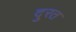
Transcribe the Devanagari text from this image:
दु्रत